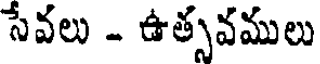
సేవలు - ఉత్సవములు